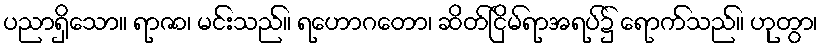
ပညာရှိသော။ ရာဇာ၊ မင်းသည်။ ရဟောဂတော၊ ဆိတ်ငြိမ်ရာအရပ်၌ ရောက်သည်။ ဟုတွာ၊